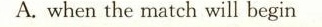
A.when the match will begin